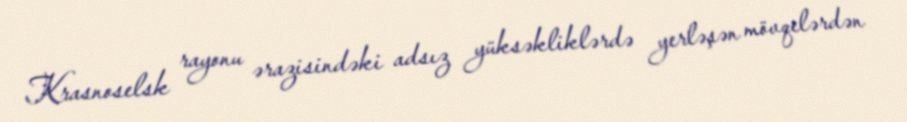
Krasnoselsk rayonu ərazisindəki adsız yüksəkliklərdə yerləşən mövqelərdən